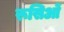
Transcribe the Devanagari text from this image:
रूसिओं